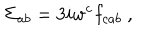
\Sigma _ { a b } = 3 i w ^ { c } f _ { c a b } \ ,